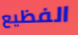
الفظيع